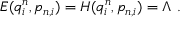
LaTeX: E ( q _ { i } ^ { n } , p _ { n , i } ) = H ( q _ { i } ^ { n } , p _ { n , i } ) = \Lambda \ .